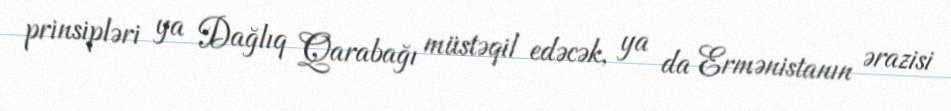
prinsipləri ya Dağlıq Qarabağı müstəqil edəcək, ya da Ermənistanın ərazisi